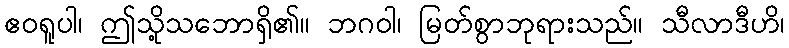
ဧဝရူပါ၊ ဤသို့သဘောရှိ၏။ ဘဂဝါ၊ မြတ်စွာဘုရားသည်။ သီလာဒီဟိ၊